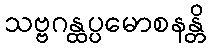
သဗ္ဗဂန္ထပ္ပမောစနန္တိ